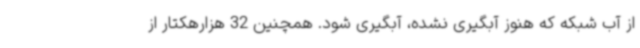
از آب شبکه که هنوز آبگیری نشده، آبگیری شود. همچنین 32 هزارهکتار از